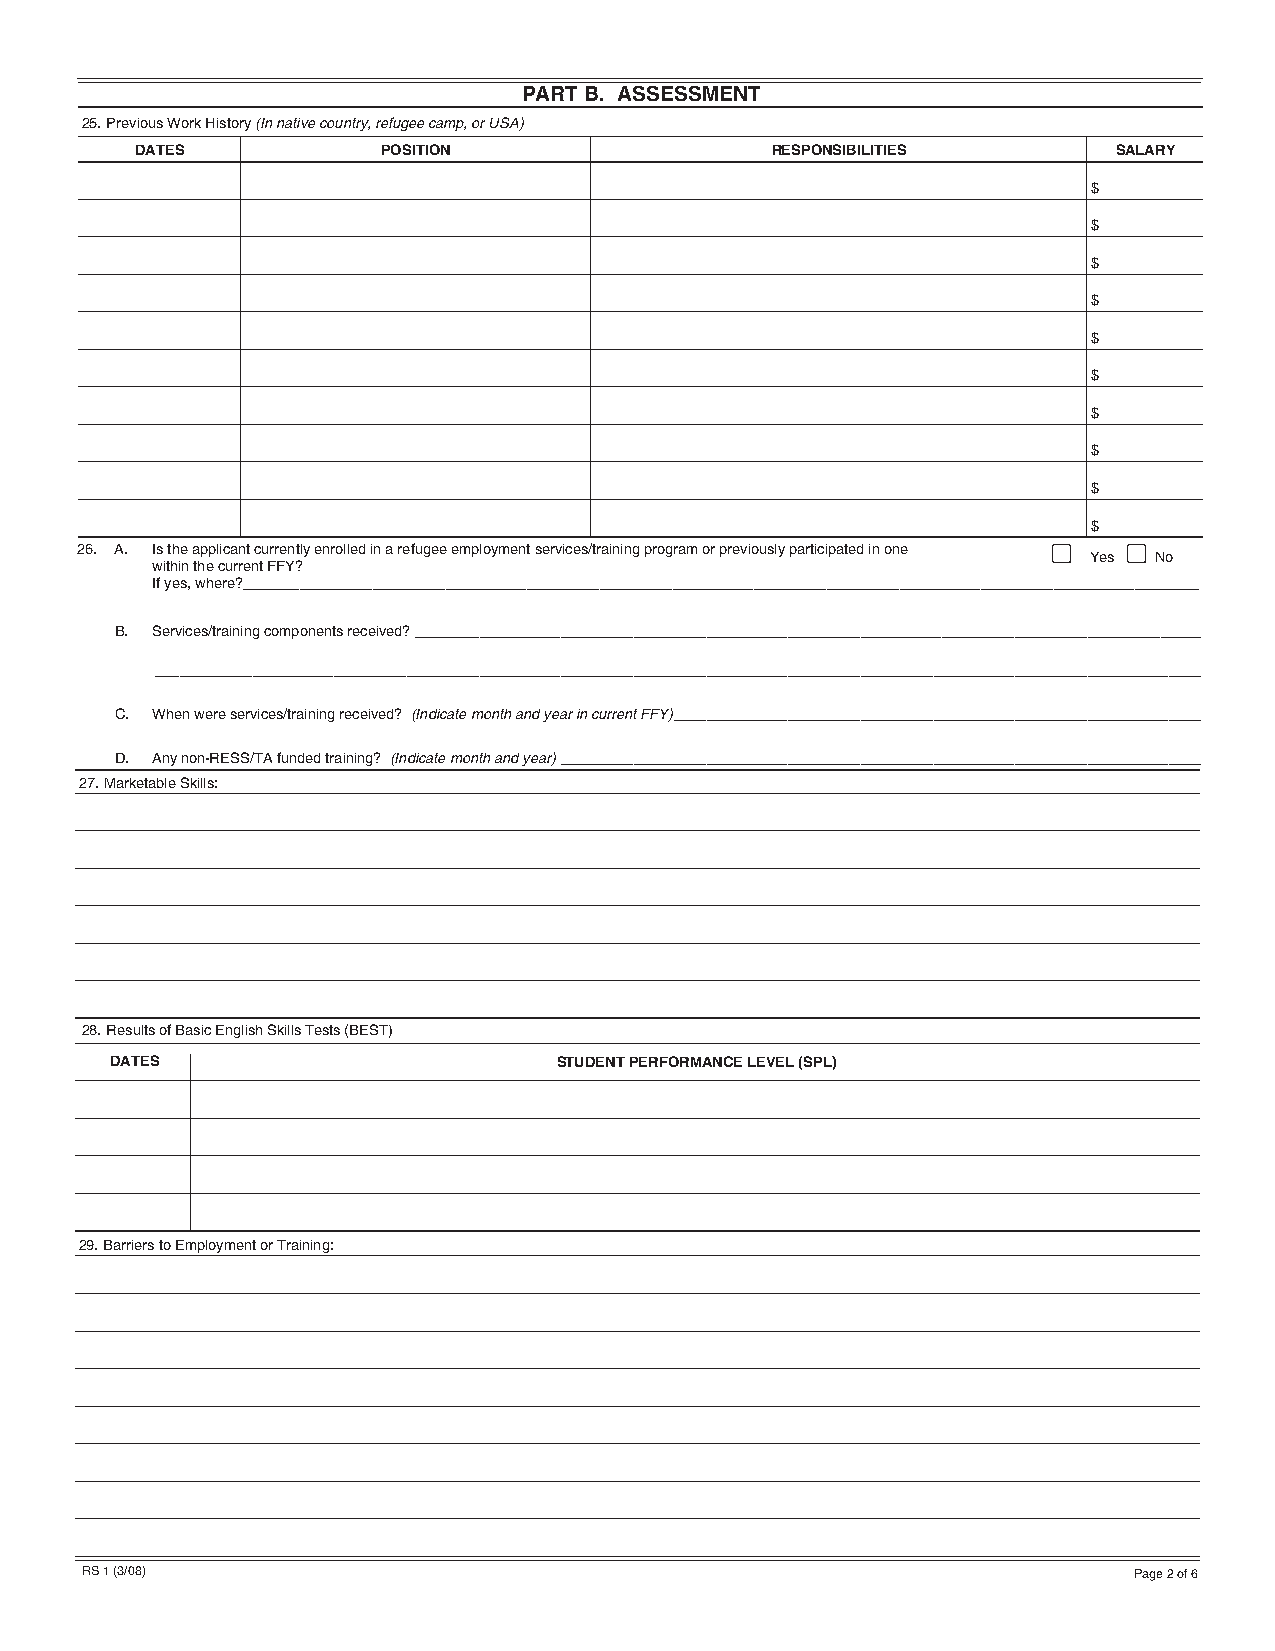
PART B. ASSESSMENT
 25.Previous Work History (In native country, refugee camp, or USA)
 DATES           POSITION                  RESPONSIBILITIES       SALARY
 $
 $
 $
 $
 $
 $
 $
 $
 $
 $
 26. A. Is the applicant currently enrolled in a refugee employment services/training program or previously participated in one ■■ ■■
 Yes No
 within the current FFY?
 If yes, where?______________________________________________________________________________________________________________________
 B. Services/training components received?_________________________________________________________________________________________________
 _________________________________________________________________________________________________________________________________
 C. When were services/training received? (Indicate month and year in current FFY)_________________________________________________________________
 D. Any non-RESS/TA funded training? (Indicate month and year)_______________________________________________________________________________
 27.Marketable Skills:
 28.Results of Basic English Skills Tests (BEST)
 DATES                         STUDENT PERFORMANCE LEVEL (SPL)
 29.Barriers to Employment or Training:
 RS 1 (3/08)                                                           Page 2 of 6